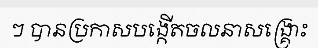
ៗ បានប្រកាសបង្កើតចលនាសង្គ្រោះ